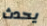
يحدث